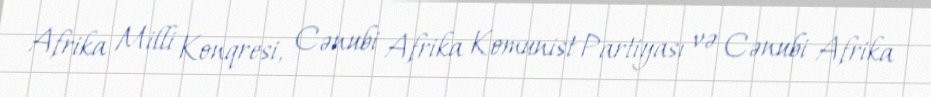
Afrika Milli Konqresi, Cənubi Afrika Komunist Partiyası və Cənubi Afrika